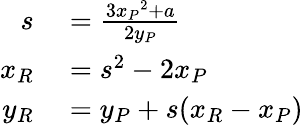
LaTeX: \begin{array}{rl}{s}&{{}={\frac{3{x_{P}}^{2}+a}{2y_{P}}}}\\ {x_{R}}&{{}=s^{2}-2x_{P}}\\ {y_{R}}&{{}=y_{P}+s(x_{R}-x_{P})}\end{array}